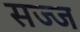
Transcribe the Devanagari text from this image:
सज्‍ज